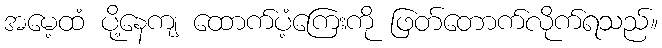
အမေ့ထံ ပို့နေကျ ထောက်ပံ့ကြေးကို ဖြတ်တောက်လိုက်ရသည်။